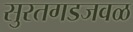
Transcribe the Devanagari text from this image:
सुरतगडजवळ